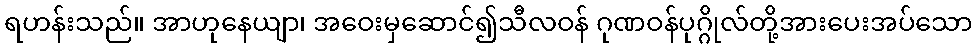
ရဟန်းသည်။ အာဟုနေယျာ၊ အဝေးမှဆောင်၍သီလဝန် ဂုဏဝန်ပုဂ္ဂိုလ်တို့အားပေးအပ်သော